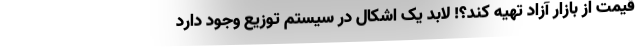
قیمت از بازار آزاد تهیه کند؟! لابد یک اشکال در سیستم توزیع وجود دارد